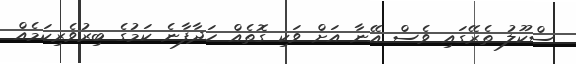
ސްކޫލު ތެރޭގައި ވެސް އޭނާ އަށް ވަކި ގޮތެއް ހަދާފާނެ ކަމުގެ ބިރުވެރިކަމެއް